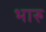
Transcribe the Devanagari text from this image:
भारु